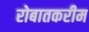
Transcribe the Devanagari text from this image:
रोबातकरीम